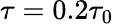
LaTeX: \tau=0.2\tau_{0}